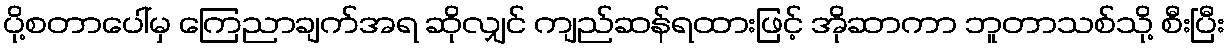
ပို့စတာပေါ်မှ ကြေညာချက်အရ ဆိုလျှင် ကျည်ဆန်ရထားဖြင့် အိုဆာကာ ဘူတာသစ်သို့ စီးပြီး